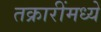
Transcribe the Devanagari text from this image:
तक्रारींमध्ये